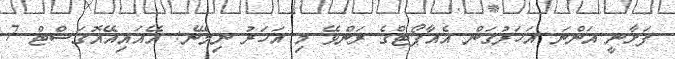
ފަށާނީ އަންނަ އަހަރުގަން އެއާޕޯޓްގެ ރަންވޭ މި އަހަރު ނިމޭނެ: އޭއައިއޭއޮގަސްޓް 7